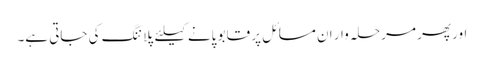
اور پھر مرحلہ وار ان مسائل پر قابو پانے کیلئے پلاننگ کی جاتی ہے۔